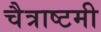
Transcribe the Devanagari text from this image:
चैत्राष्टमी